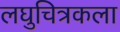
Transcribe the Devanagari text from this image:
लघुचित्रकला